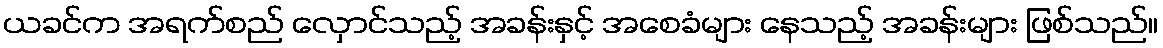
ယခင်က အရက်စည် လှောင်သည့် အခန်းနှင့် အစေခံများ နေသည့် အခန်းများ ဖြစ်သည်။